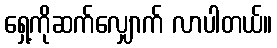
ရှေ့ကိုဆက်လျှောက် လာပါတယ်။